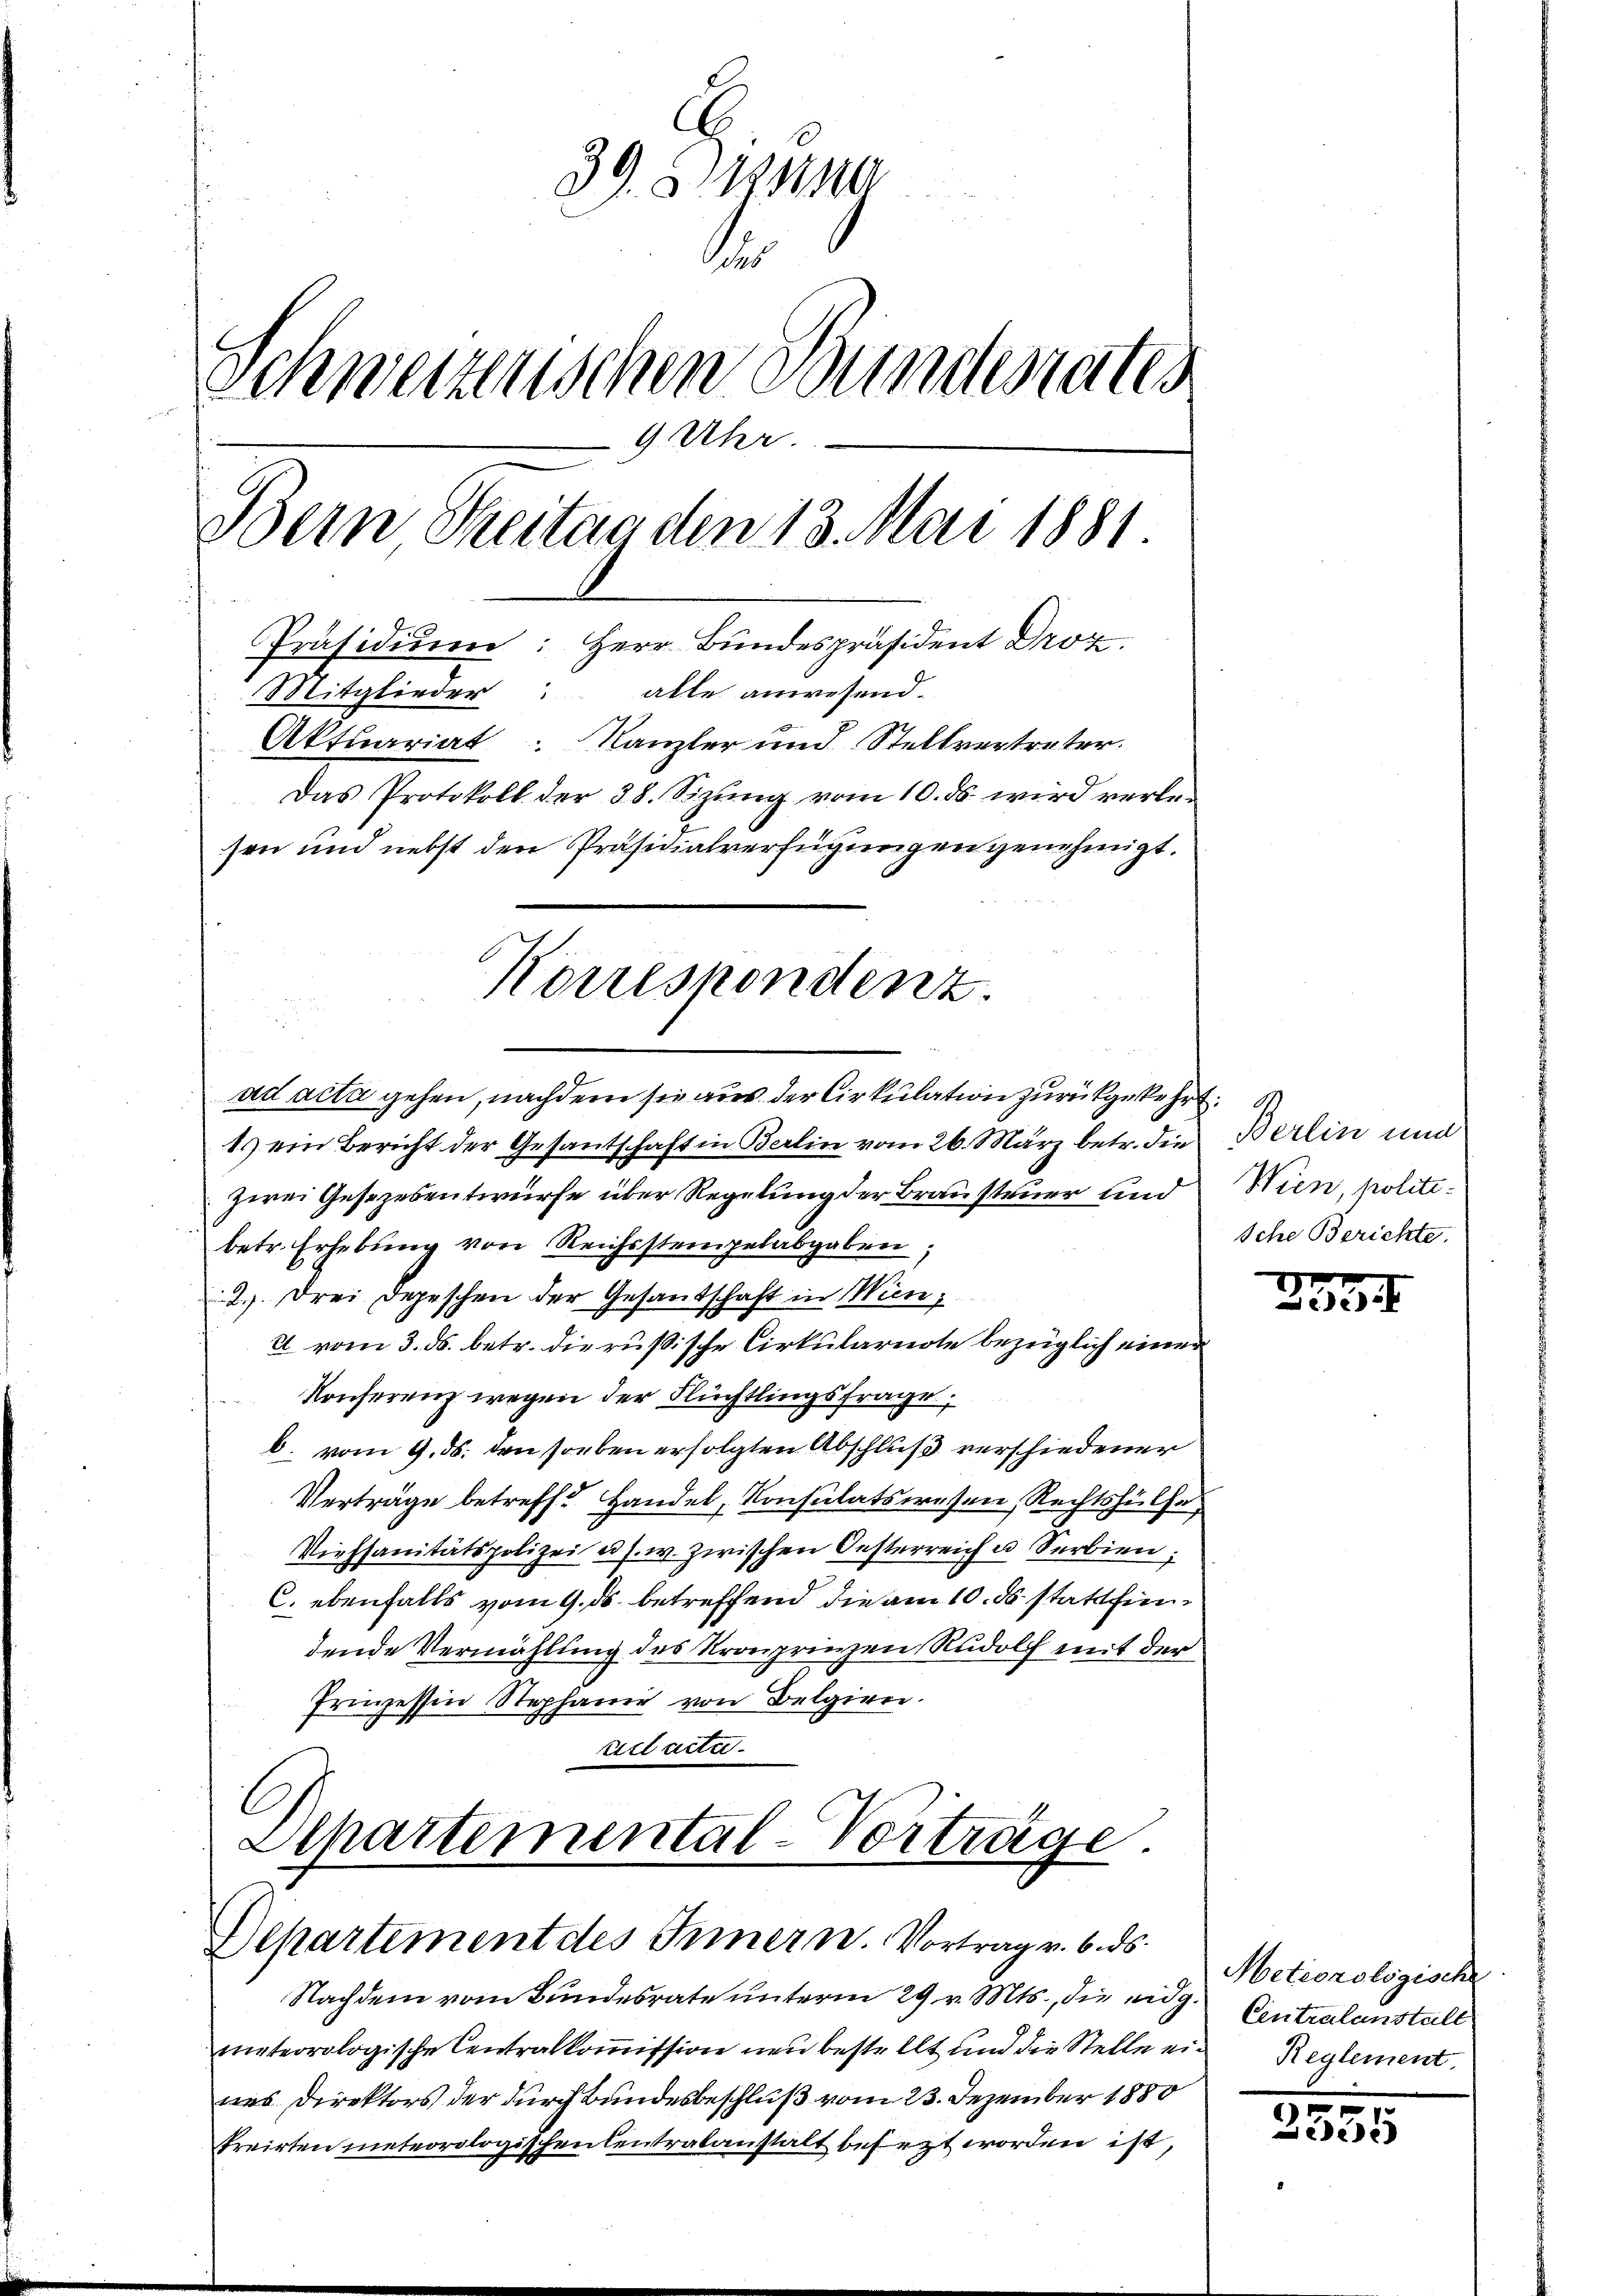
39. 5. 121210
e
Schweizenschen Bundesrates
9. Uhr.
Bern Seitag den 13. Mai 1881
Präsidiŭm: Herr Bundespräsident Droz.
Mitglieder alle anwesend.
Aktuariat Kanzler und Stellvertreter.
Das Protokoll der 38. Sizung vom 10. ds. wird verlesen und nebst den Präsidialverfügungen genehmigt.

ad acta gehen, nachdem sie aus der Cirkulation zurückgekehrt.
t. ein Bericht der Gesantschaft in Berlin vom 26. März betr. die
zwei Gesezesentwurfe über Regelung der Brausteuer und
betr. Erhebung von Reichsstempelabgaben;
2.) Drei Depeschen der Gesandschaft in Wien,
2 vom 3. ds. betr. die rußische Cirkularnote bezüglich einer
Konferenz wegen der Flüchtlingsfrage,
b. vom 9. ds. den soeben erfolgten Abschluß verschiedener
Verträge betreffe Handel, Konsulatswesen, Rechtshülfe,
Viehsanitätspolizei u. s. w. zwischen Oesterreich u Serbien;
C. ebenfalls vom 9. ds. betreffend die am 10. ds stattfindende Vermählung des Kronprinzen Rudolf mit der
Irinzessin Stephanie von Belgien.
viel actu
Lepartemental-Vorträge

Korrespondenz.

Departement des Innern. Vortrag v. 6. ds.

Nachdem vom Bundesrate unterm 29 v. Mts., die eidg.
meteorologische Centralkoṁission neu bestellt und die Stelle ein Reglement.
nes Direktors der durch Bundesbeschluß vom 23. Dezember 1880
treirten meteorologischen Centralanstalt befezt worden ist,

Berlin und
Wien, politi¬
Iche Berichte.

335

Meteorologische
Eintralanstall

u
2535